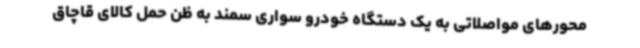
محورهای مواصلاتی به یک دستگاه خودرو سواری سمند به ظن حمل کالای قاچاق